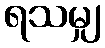
ရသမျှ